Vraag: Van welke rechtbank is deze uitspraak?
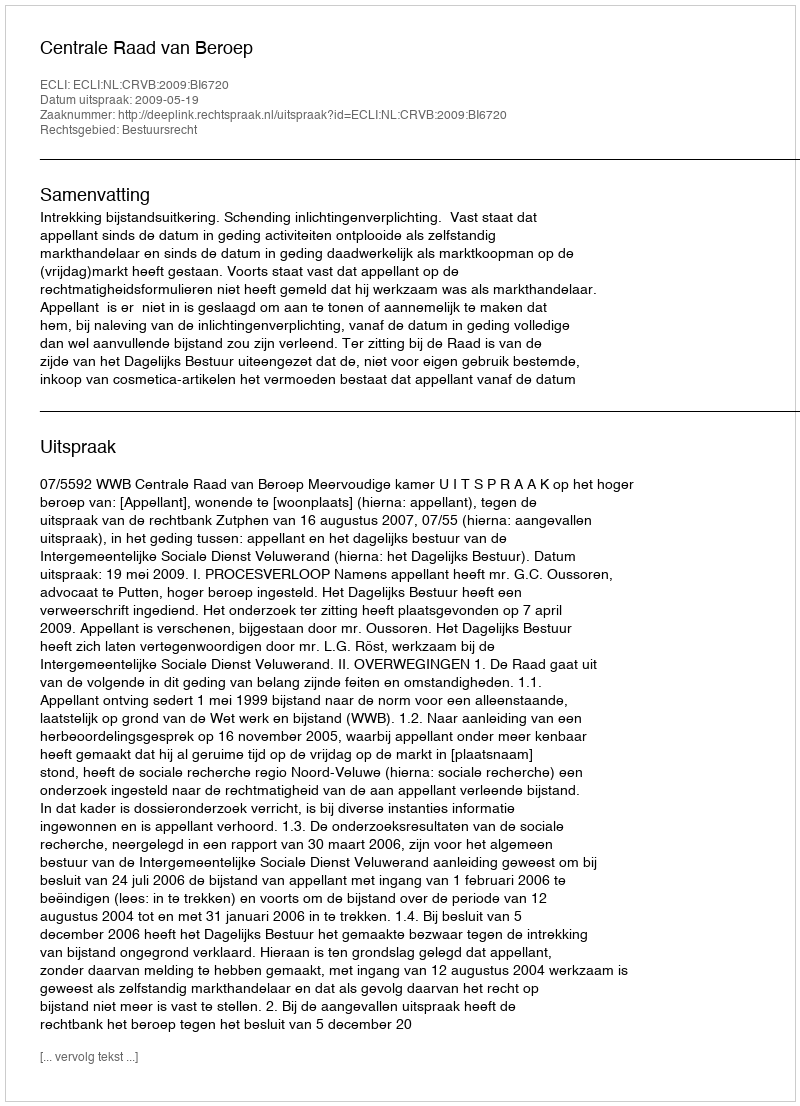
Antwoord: Centrale Raad van Beroep